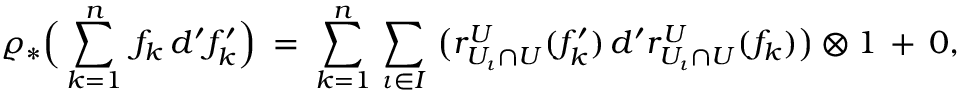
\varrho _ { * } \Big ( \sum _ { k = 1 } ^ { n } \, f _ { k } \, d ^ { \prime } f _ { k } ^ { \prime } \Big ) \: = \: \sum _ { k = 1 } ^ { n } \, \sum _ { \iota \in I } \, \big ( r _ { U _ { \iota } \cap U } ^ { U } ( f _ { k } ^ { \prime } ) \, d ^ { \prime } r _ { U _ { \iota } \cap U } ^ { U } ( f _ { k } ) \big ) \otimes 1 \, + \, 0 ,